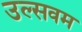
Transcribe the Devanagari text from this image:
उल्सवम